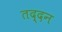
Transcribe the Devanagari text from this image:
तद्दन